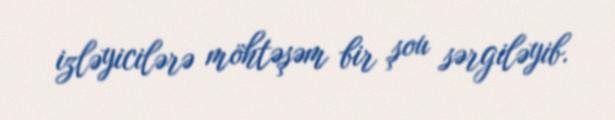
izləyicilərə möhtəşəm bir şou sərgiləyib.